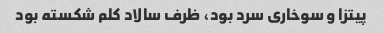
پیتزا و سوخاری سرد بود، ظرف سالاد کلم شکسته بود